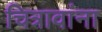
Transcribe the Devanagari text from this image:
चित्रावांना